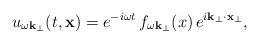
LaTeX: \begin{align*}u_{\omega\bf k_{\perp}}(t,{\bf x})=e^{-i\omega t}\, f_{\omega{\bf k}_{\perp}}(x)\, e^{i{\bf k}_{\perp}\cdot{\bf x}_{\perp}},\end{align*}